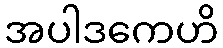
အပါဒကေဟိ